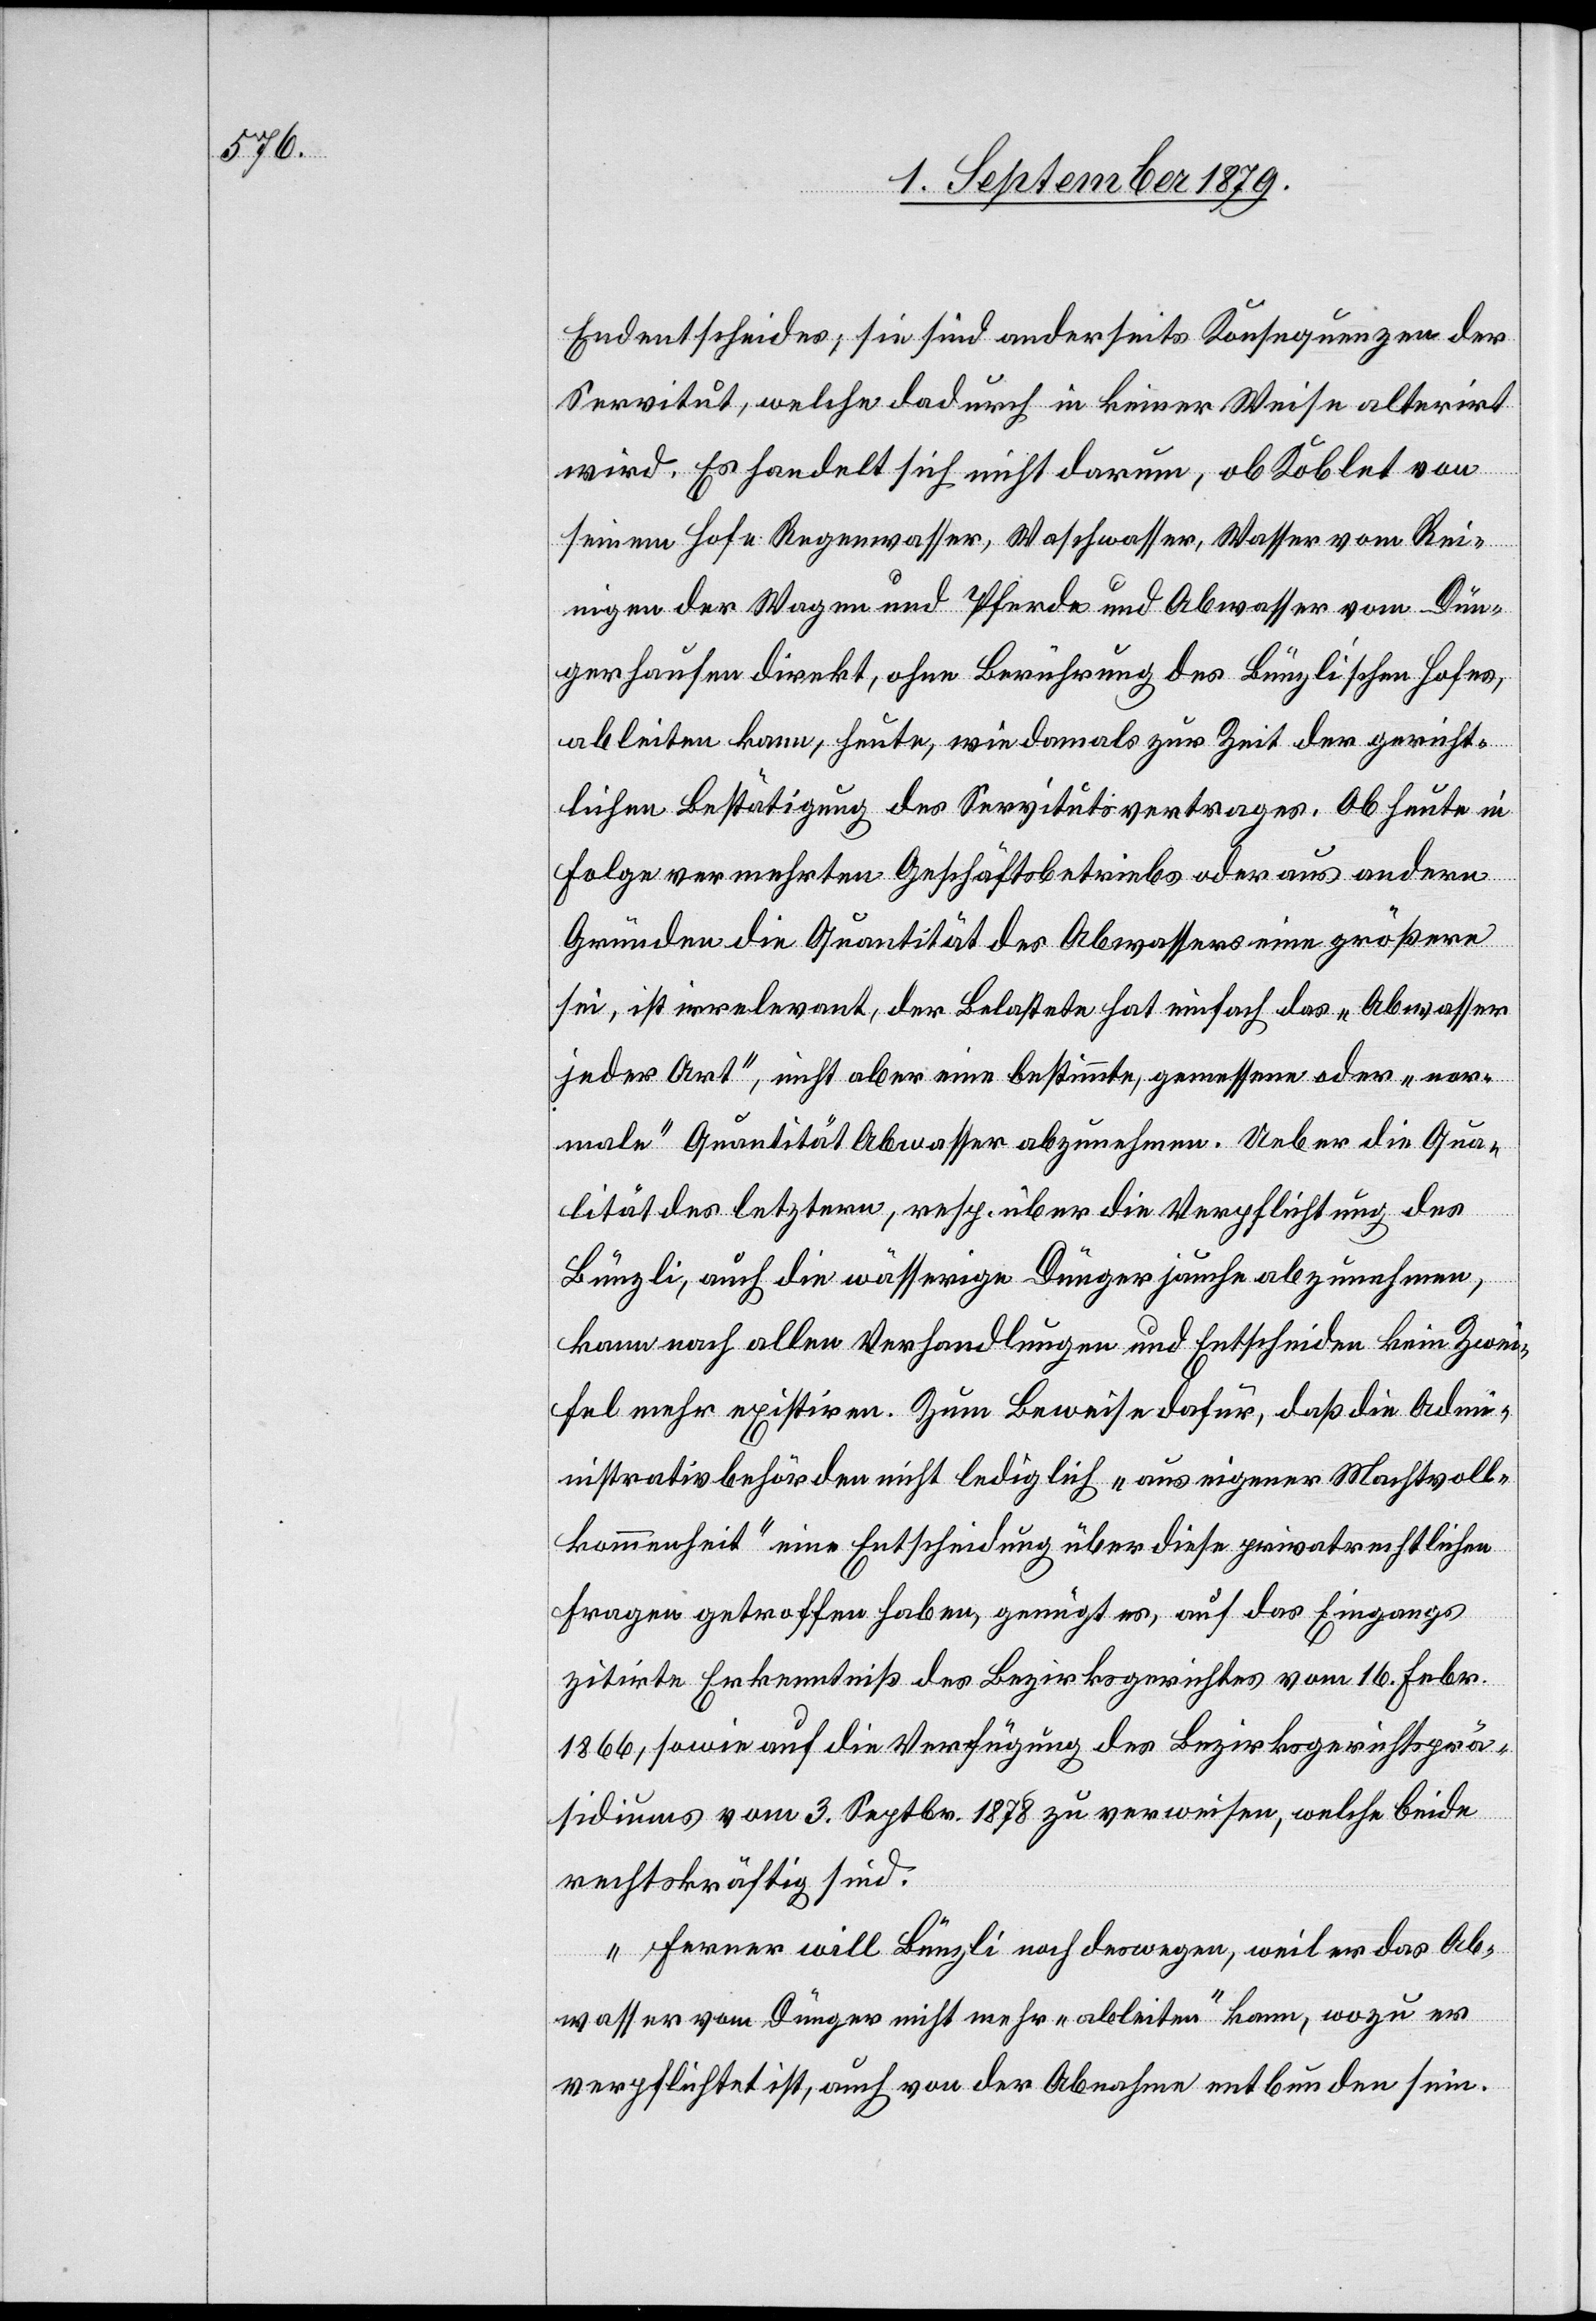
Endentscheides, sie sind anderseits Konsequenzen der
Servitut, welche dadurch in keiner Weise alterirt
wird. Es handelt sich nicht darum, ob Koblet von
seinem Hofe Regenwasser, Waschwasser, Wasser vom Rei¬
nigen der Wagen und Pferde und Abwasser vom Dün¬
gerhaufen direkt, ohne Berührung des Bünzli’schen Hofes,
ableiten kann, heute, wie damals zur Zeit der gericht¬
lichen Bestätigung des Servitutsvertrages. Ob heute in
Folge vermehrten Geschäftsbetriebs oder aus andern
Gründen die Quanität des Abwassers eine größere
sei, ist irrelevant, der Belastete hat einfach das „Abwasser
jeder Art“, nicht aber eine bestimmte, gemessene oder „nor¬
male“ Quantität Abwasser abzunehmen. Ueber die Qua¬
lität des letztern, resp. über die Verpflichtung des
Bünzli, auch die wässrige Düngerjauche abzunehmen,
kann nach allen Verhandlungen und Entscheiden kein Zwei¬
fel mehr existiren. Zum Beweise dafür, das die Adm¬
inistrativbehörden nicht lediglich „aus eigener Machtvoll¬
kommenheit“ eine Entscheidung über diese privatrechtlichen
Fragen getroffen haben, genügt es, auf das Eingags
zitirte Erkenntniß des Bezirksgerichtes vom 16. Febr.
1866, sowie auf die Verfügung des Bezirksgerichtsprä¬
sidiums vom 3. Septbr. 1878 zu verweisen, welche beide
rechtskräftig sind.
Ferner will Bünzli noch deswegen, weil er das Ab¬
wasser vom Dünger nicht mehr „ableiten“ kann, wozu er
verpflichtet ist, auch von der Abnahme entbunden sein.